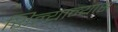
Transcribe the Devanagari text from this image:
शिल्यान्यास